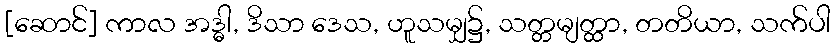
[ဆောင်] ကာလ အဒ္ဓါ, ဒိသာ ဒေသ, ဟူသမျှ၌, သတ္တမျတ္ထာ, တတိယာ, သက်ပါ